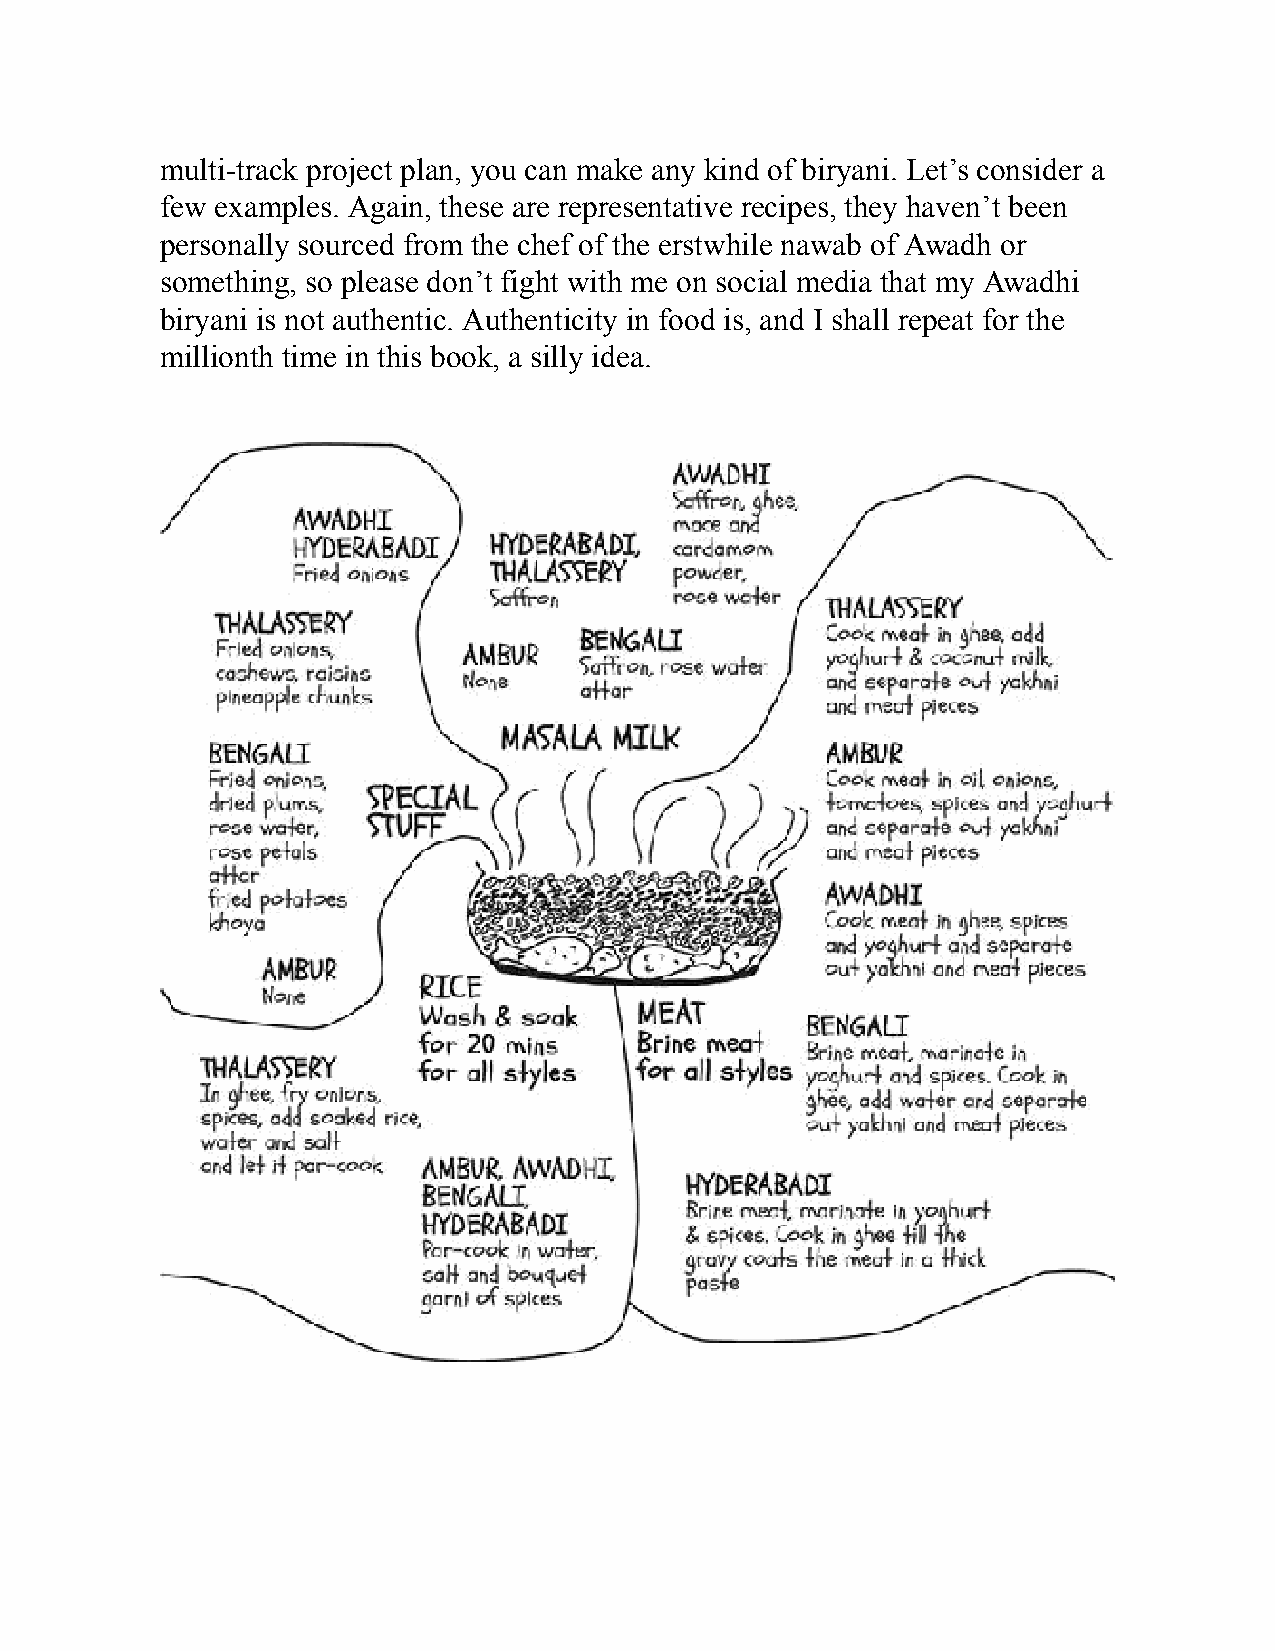
multi-track project plan, you can make any kind of biryani. Let’s consider a
 few examples. Again, these are representative recipes, they haven’t been
 personally sourced from the chef of the erstwhile nawab of Awadh or
 something, so please don’t fight with me on social media that my Awadhi
 biryani is not authentic. Authenticity in food is, and I shall repeat for the
 millionth time in this book, a silly idea.